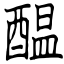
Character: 醖